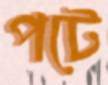
পটে